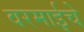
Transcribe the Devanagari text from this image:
वरमाईचे